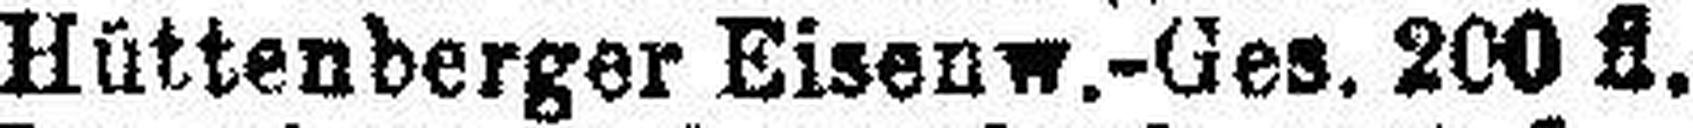
Hüttenberger Eisenw.-Ges. 200 fl.